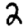
Digit: 2